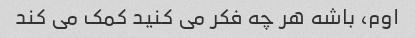
اوم، باشه هر چه فکر می کنید کمک می کند